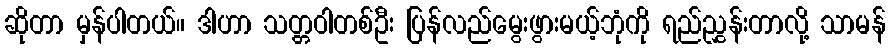
ဆိုတာ မှန်ပါတယ်။ ဒါဟာ သတ္တဝါတစ်ဦး ပြန်လည်မွေးဖွားမယ့်ဘုံကို ရည်ညွှန်းတာလို့ သာမန်